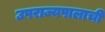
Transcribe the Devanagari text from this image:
उपराज्यपालाची